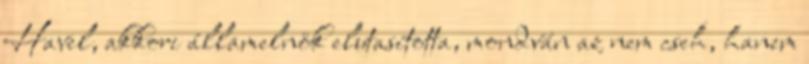
Havel, akkori államelnök elutasította, mondván az nem cseh, hanem